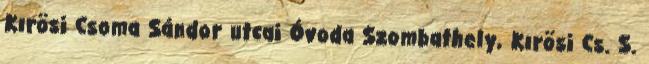
Kırösi Csoma Sándor utcai Óvoda Szombathely, Kırösi Cs. S.